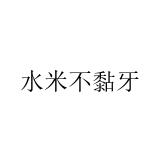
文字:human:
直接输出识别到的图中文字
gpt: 水米不黏牙